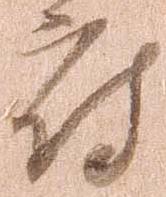
府